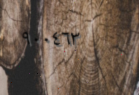
٩٠٠٤٦٣